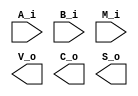
module add_sub_4_bit #
(
  parameter WIDTH = 4
)
(
  // The inputs 
  input wire [WIDTH-1:0]        A_i,
  input wire [WIDTH-1:0]        B_i,
  input wire                    M_i,

  // The outputs
  output wire                   V_o,
  output wire                   C_o,
  output wire [WIDTH-1:0]       S_o

);



endmodule